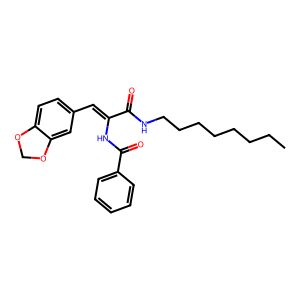
SMILES: CCCCCCCCNC(=O)C(=Cc1ccc2c(c1)OCO2)NC(=O)c1ccccc1
Inhibits HIV replication: No